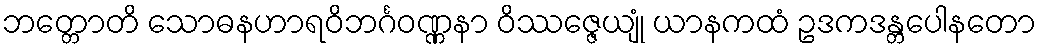
ဘတ္တောတိ သောဓနဟာရဝိဘင်္ဂဝဏ္ဏနာ ဝိဿဇ္ဇေယျုံ ယာနကထံ ဥဒကဒန္တပေါနတော